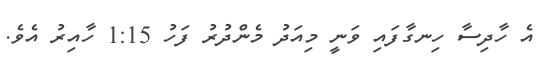
އެ ހާދިސާ ހިނގާފައި ވަނީ މިއަދު މެންދުރު ފަހު 1:15 ހާއިރު އެވެ.